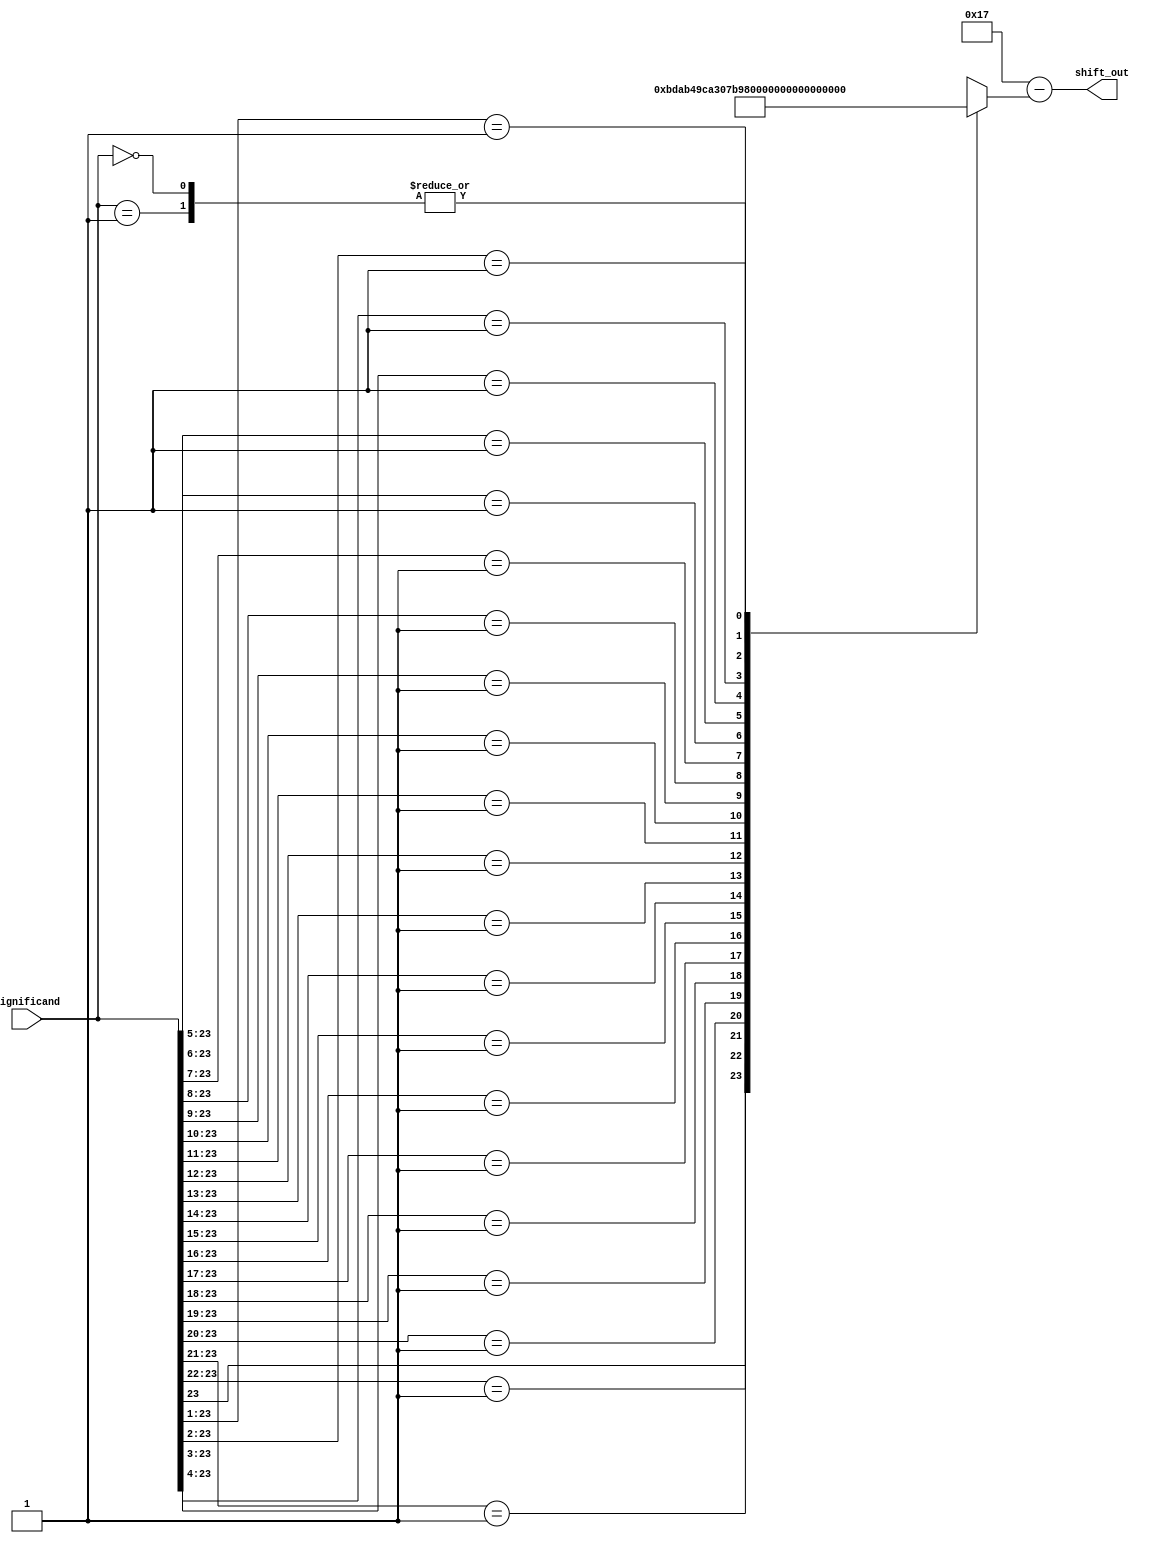
module priority_encoder(
			input [23:0] significand,
			output [4:0] shift_out
			);
reg [4:0] shift;

always @(significand)
begin
	casex (significand)
		24'b1xxx_xxxx_xxxx_xxxx_xxxx_xxxx :	begin
									 				shift = 5'd23;
								 			  	end
		24'b 01xx_xxxx_xxxx_xxxx_xxxx_xxxx : 	begin						
									 				shift = 5'd22;
								 			  	end

		24'b 001x_xxxx_xxxx_xxxx_xxxx_xxxx : 	begin						
									 				shift = 5'd21;
								 				end

		24'b 0001_xxxx_xxxx_xxxx_xxxx_xxxx : 	begin 							
								 	 				shift = 5'd20;
								 				end

		24'b 0000_1xxx_xxxx_xxxx_xxxx_xxxx : 	begin						
								 	 				shift = 5'd19;
								 				end

		24'b 0000_01xx_xxxx_xxxx_xxxx_xxxx : 	begin						
								 	 				shift = 5'd18;
								 				end

		24'b 0000_001x_xxxx_xxxx_xxxx_xxxx : 	begin						// 24'h020000
								 	 				shift = 5'd17;
								 				end

		24'b 0000_0001_xxxx_xxxx_xxxx_xxxx : 	begin						// 24'h010000
								 	 				shift = 5'd16;
								 				end

		24'b 0000_0000_1xxx_xxxx_xxxx_xxxx : 	begin						// 24'h008000
								 	 				shift = 5'd15;
								 				end

		24'b 0000_0000_01xx_xxxx_xxxx_xxxx : 	begin						// 24'h004000
								 	 				shift = 5'd14;
								 				end

		24'b 0000_0000_001x_xxxx_xxxx_xxxx : 	begin						// 24'h002000
								 	 				shift = 5'd13;
								 				end

		24'b 0000_0000_0001_xxxx_xxxx_xxxx : 	begin						// 24'h001000
								 	 				shift = 5'd12;
								 				end

		24'b 0000_0000_0000_1xxx_xxxx_xxxx : 	begin						// 24'h000800
								 	 				shift = 5'd11;
								 				end

		24'b 0000_0000_0000_01xx_xxxx_xxxx : 	begin						// 24'h000400
								 	 				shift = 5'd10;
								 				end

		24'b 0000_0000_0000_001x_xxxx_xxxx : 	begin						// 24'h000200
								 	 				shift = 5'd9;
								 				end

		24'b 0000_0000_0000_0001_xxxx_xxxx  : 	begin						// 24'h000100
								 	 				shift = 5'd8;
								 				end

		24'b 0000_0000_0000_0000_1xxx_xxxx : 	begin						// 24'h000080
								 	 				shift = 5'd7;
								 				end

		24'b 0000_0000_0000_0000_01xx_xxxx : 	begin						// 24'h000040
										 	 		shift = 5'd6;
												end

		24'b 0000_0000_0000_0000_001x_xxxx : 	begin						// 24'h000020
								 	 				shift = 5'd5;
								 				end

		24'b 0000_0000_0000_0000_0001_xxxx : 	begin						// 24'h000010
								 	 				shift = 5'd4;
												end

		24'b 0000_0000_0000_0000_0000_1xxx :	begin						// 24'h000008
								 					shift = 5'd3;
								 				end

		24'b 0000_0000_0000_0000_0000_01xx : 	begin						// 24'h000004
								 	 				shift = 5'd2;
								 				end

		24'b 0000_0000_0000_0000_0000_001x : 	begin						// 24'h000002
								 	 				shift = 5'd1;
								 				end

		24'b 0000_0000_0000_0000_0000_0001 : 	begin						// 24'h000001
								 	 				shift = 5'd0;
								 				end

		24'b 0000_0000_0000_0000_0000_0000 : 	begin						// 24'h000000
							 	 					shift = 5'd0;
								 				end
		default : 	begin
						shift = 5'd0;
					end

	endcase
end
assign shift_out = 5'd23 - shift;

endmodule